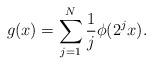
LaTeX: \begin{align*}g(x) =\sum_{j=1}^N \frac 1 j \phi(2^j x).\end{align*}